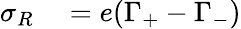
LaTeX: \begin{array}{rl}{\sigma_{R}}&{{}=e(\Gamma_{+}-\Gamma_{-})}\end{array}